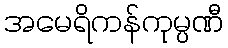
အမေရိကန်ကုမ္ပဏီ